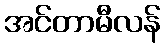
အင်တာမီလန်